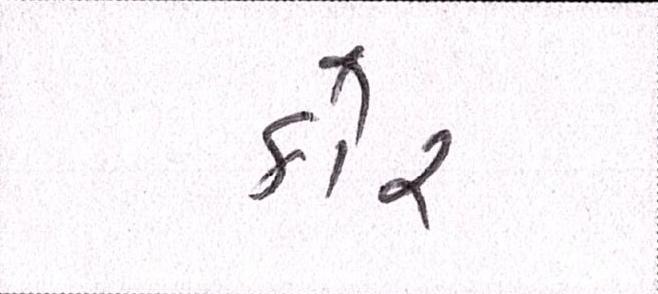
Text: કોર